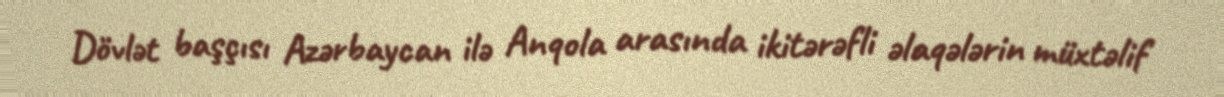
Dövlət başçısı Azərbaycan ilə Anqola arasında ikitərəfli əlaqələrin müxtəlif